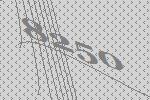
8250